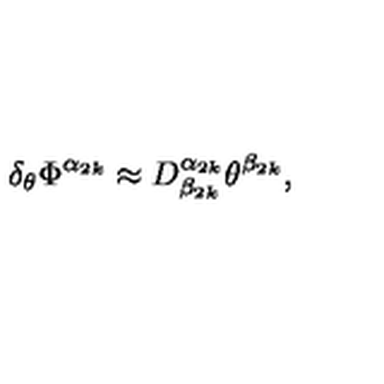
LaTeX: \delta _ { \theta } \Phi ^ { \alpha _ { 2 k } } \approx D _ { \beta _ { 2 k } } ^ { \alpha _ { 2 k } } \theta ^ { \beta _ { 2 k } } ,